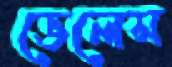
ভেলেস